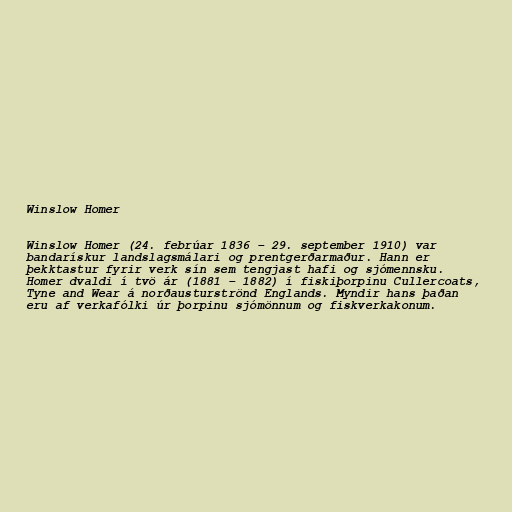
Winslow Homer

Winslow Homer (24. febrúar 1836 – 29. september 1910) var
bandarískur landslagsmálari og prentgerðarmaður. Hann er
þekktastur fyrir verk sín sem tengjast hafi og sjómennsku.
Homer dvaldi í tvö ár (1881 – 1882) í fiskiþorpinu Cullercoats,
Tyne and Wear á norðausturströnd Englands. Myndir hans þaðan
eru af verkafólki úr þorpinu sjómönnum og fiskverkakonum.